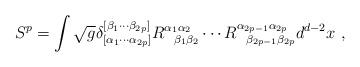
LaTeX: \begin{align*}S^p = \int \sqrt{g}\delta_{[\alpha_1 \cdots \alpha_{2p}]}^{[\beta_1\cdots \beta_{2p}]} R^{\alpha_1 \alpha_2}_{\;\;\;\beta_1\beta_2}\cdots R^{\alpha_{2p-1} \alpha_{2p}}_{\;\;\;\beta_{2p-1} \beta_{2p}} d^{d-2}x \ ,\end{align*}